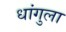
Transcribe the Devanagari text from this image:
धांगुला